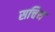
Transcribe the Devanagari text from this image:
सचिथ